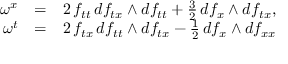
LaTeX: \begin{array} { r c l } { { \omega ^ { x } } } & { { = } } & { { 2 \, f _ { t t } \, d f _ { t x } \wedge d f _ { t t } + \frac { 3 } { 2 } \, d f _ { x } \wedge d f _ { t x } , } } \\ { { \omega ^ { t } } } & { { = } } & { { 2 \, f _ { t x } \, d f _ { t t } \wedge d f _ { t x } - \frac { 1 } { 2 } \, d f _ { x } \wedge d f _ { x x } } } \end{array}